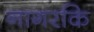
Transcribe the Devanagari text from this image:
नागरकि